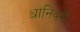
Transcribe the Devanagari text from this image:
धानिवरी